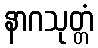
နာဂသုတ္တံ